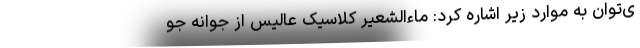
ی‌توان به موارد زیر اشاره کرد: ماءالشعیر کلاسیک عالیس از جوانه جو